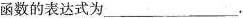
函数的表达式为___.